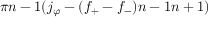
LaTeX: { { \pi } \o { n - 1 } } ( j _ { \varphi } - ( f _ { + } - f _ { - } ) { { n - 1 } \o { n + 1 } } )